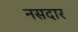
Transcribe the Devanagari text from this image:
नसदार